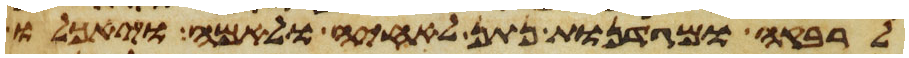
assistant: לרבקה ומגדנות נתן לאחיה ולאמה ויאכלו